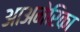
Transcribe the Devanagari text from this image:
आअमेरिका